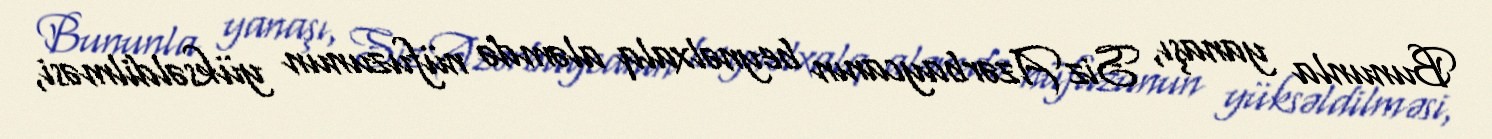
Bununla yanaşı, Siz Azərbaycanın beynəlxalq aləmdə nüfuzunun yüksəldilməsi,